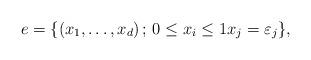
LaTeX: \begin{align*}e = \{(x_1,\dots,x_d) \, ; \,0\le x_i\le 1x_{j} = \varepsilon_{j} \},\end{align*}